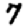
Digit: 7